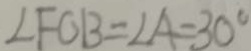
\angle F O B = \angle A = 3 0 ^ { \circ }